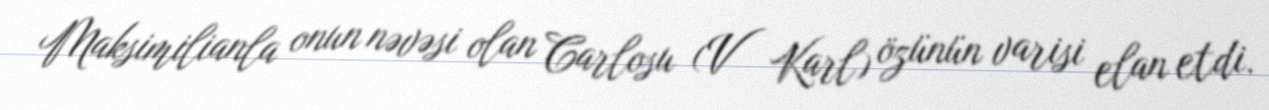
Maksimilianla onun nəvəsi olan Carlosu (V Karl) özünün varisi elan etdi.